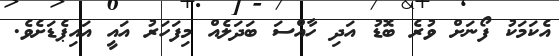
އެކަމަކު ފޯނަށް ވުރެ ބޮޑު އަދި ހާއްސަ ބަދަލެއް މިފަހަރު އައީ އައިޕެޑަށެވެ.